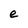
Character: e